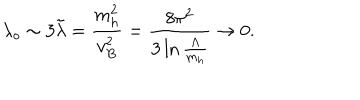
\lambda _ { o } \sim 3 \tilde { \lambda } = { \frac { m _ { h } ^ { 2 } } { v _ { B } ^ { 2 } } } = { \frac { 8 \pi ^ { 2 } } { 3 \ln { \frac { \Lambda } { m _ { h } } } } } \to 0 .